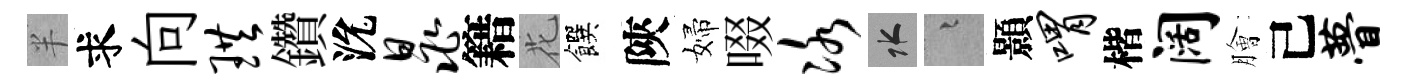
半求向珙鑽沇晁籍花饌陝婦啜冰水融顥喟楷阔膾己瞢